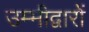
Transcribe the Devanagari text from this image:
उम्मीद्वारों